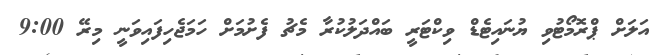
އަލަށް ޕްރޮމޯޓުވި ޔުނައިޓެޑް ވިކްޓަރީ ބައްދަލުކުރާ މެޗު ފެށުމަށް ހަމަޖެހިފައިވަނީ މިރޭ 9:00